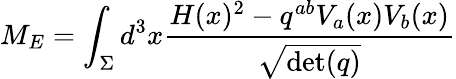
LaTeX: M_{E}=\int_{\Sigma}d^{3}x{\frac{H(x)^{2}-q^{ab}V_{a}(x)V_{b}(x)}{\sqrt{\operatorname*{det}(q)}}}